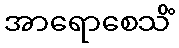
အာရောစေသိံ